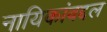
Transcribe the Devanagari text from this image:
नायिकांबद्दल